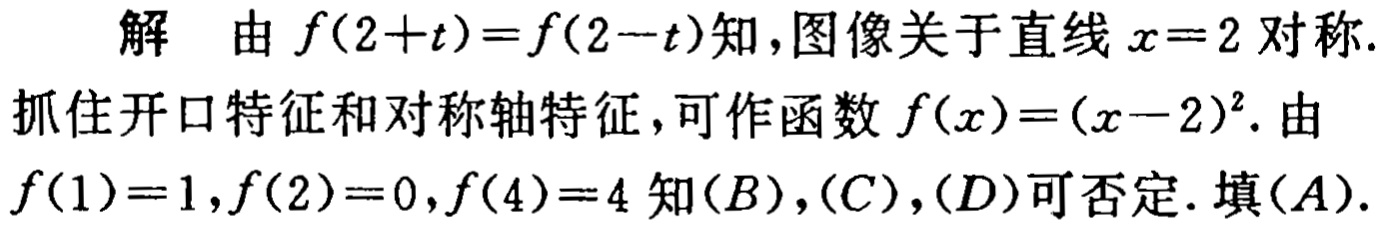
解 由 \(f(2 + t)=f(2 - t)\)知，图像关于直线 \(x = 2\)对称.
抓住开口特征和对称轴特征，可作函数 \(f(x)=(x - 2)^2\). 由
\(f(1)=1,f(2)=0,f(4)=4\)知\((B)\)，\((C)\)，\((D)\)可否定. 填\((A)\).